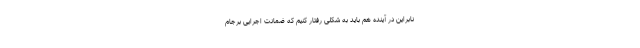
نابراین در آینده هم باید به شکلی رفتار کنیم که ضمانت اجرایی برجام